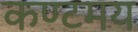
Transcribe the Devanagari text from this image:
कण्टमय